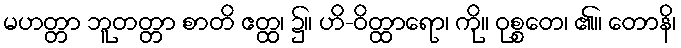
မဟတ္တာ ဘူတတ္တာ စာတိ ဧတ္ထ၊ ၌။ ဟိ-ဝိတ္ထာရော၊ ကို။ ဝုစ္စတေ၊ ၏။ တောနိ၊